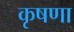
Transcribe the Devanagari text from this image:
कृषणा